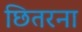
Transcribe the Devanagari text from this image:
छितरना